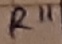
Text: R11